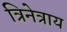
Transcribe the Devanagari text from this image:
त्रिनेत्राय